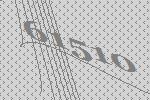
61510